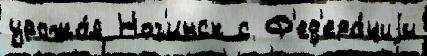
урожа́я Ног'инск с Ф'ед'ера́циjи